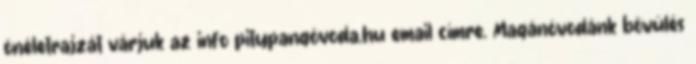
önéletrajzát várjuk az info pitypangóvoda.hu email címre. Magánóvodánk bővülés